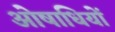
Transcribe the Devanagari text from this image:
ओषाधियों